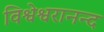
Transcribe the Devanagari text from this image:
विश्वेश्वरानन्द